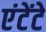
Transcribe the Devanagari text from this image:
एंटेंटे